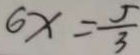
6 x = \frac { 5 } { 3 }